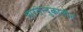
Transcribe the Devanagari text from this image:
भारतेन्दुकालीन